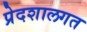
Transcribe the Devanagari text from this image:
प्रेदशालगत